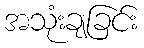
အသုံးချခြင်း